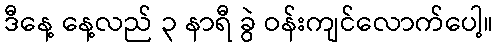
ဒီနေ့ နေ့လည် ၃ နာရီ ခွဲ ဝန်းကျင်လောက်ပေါ့။